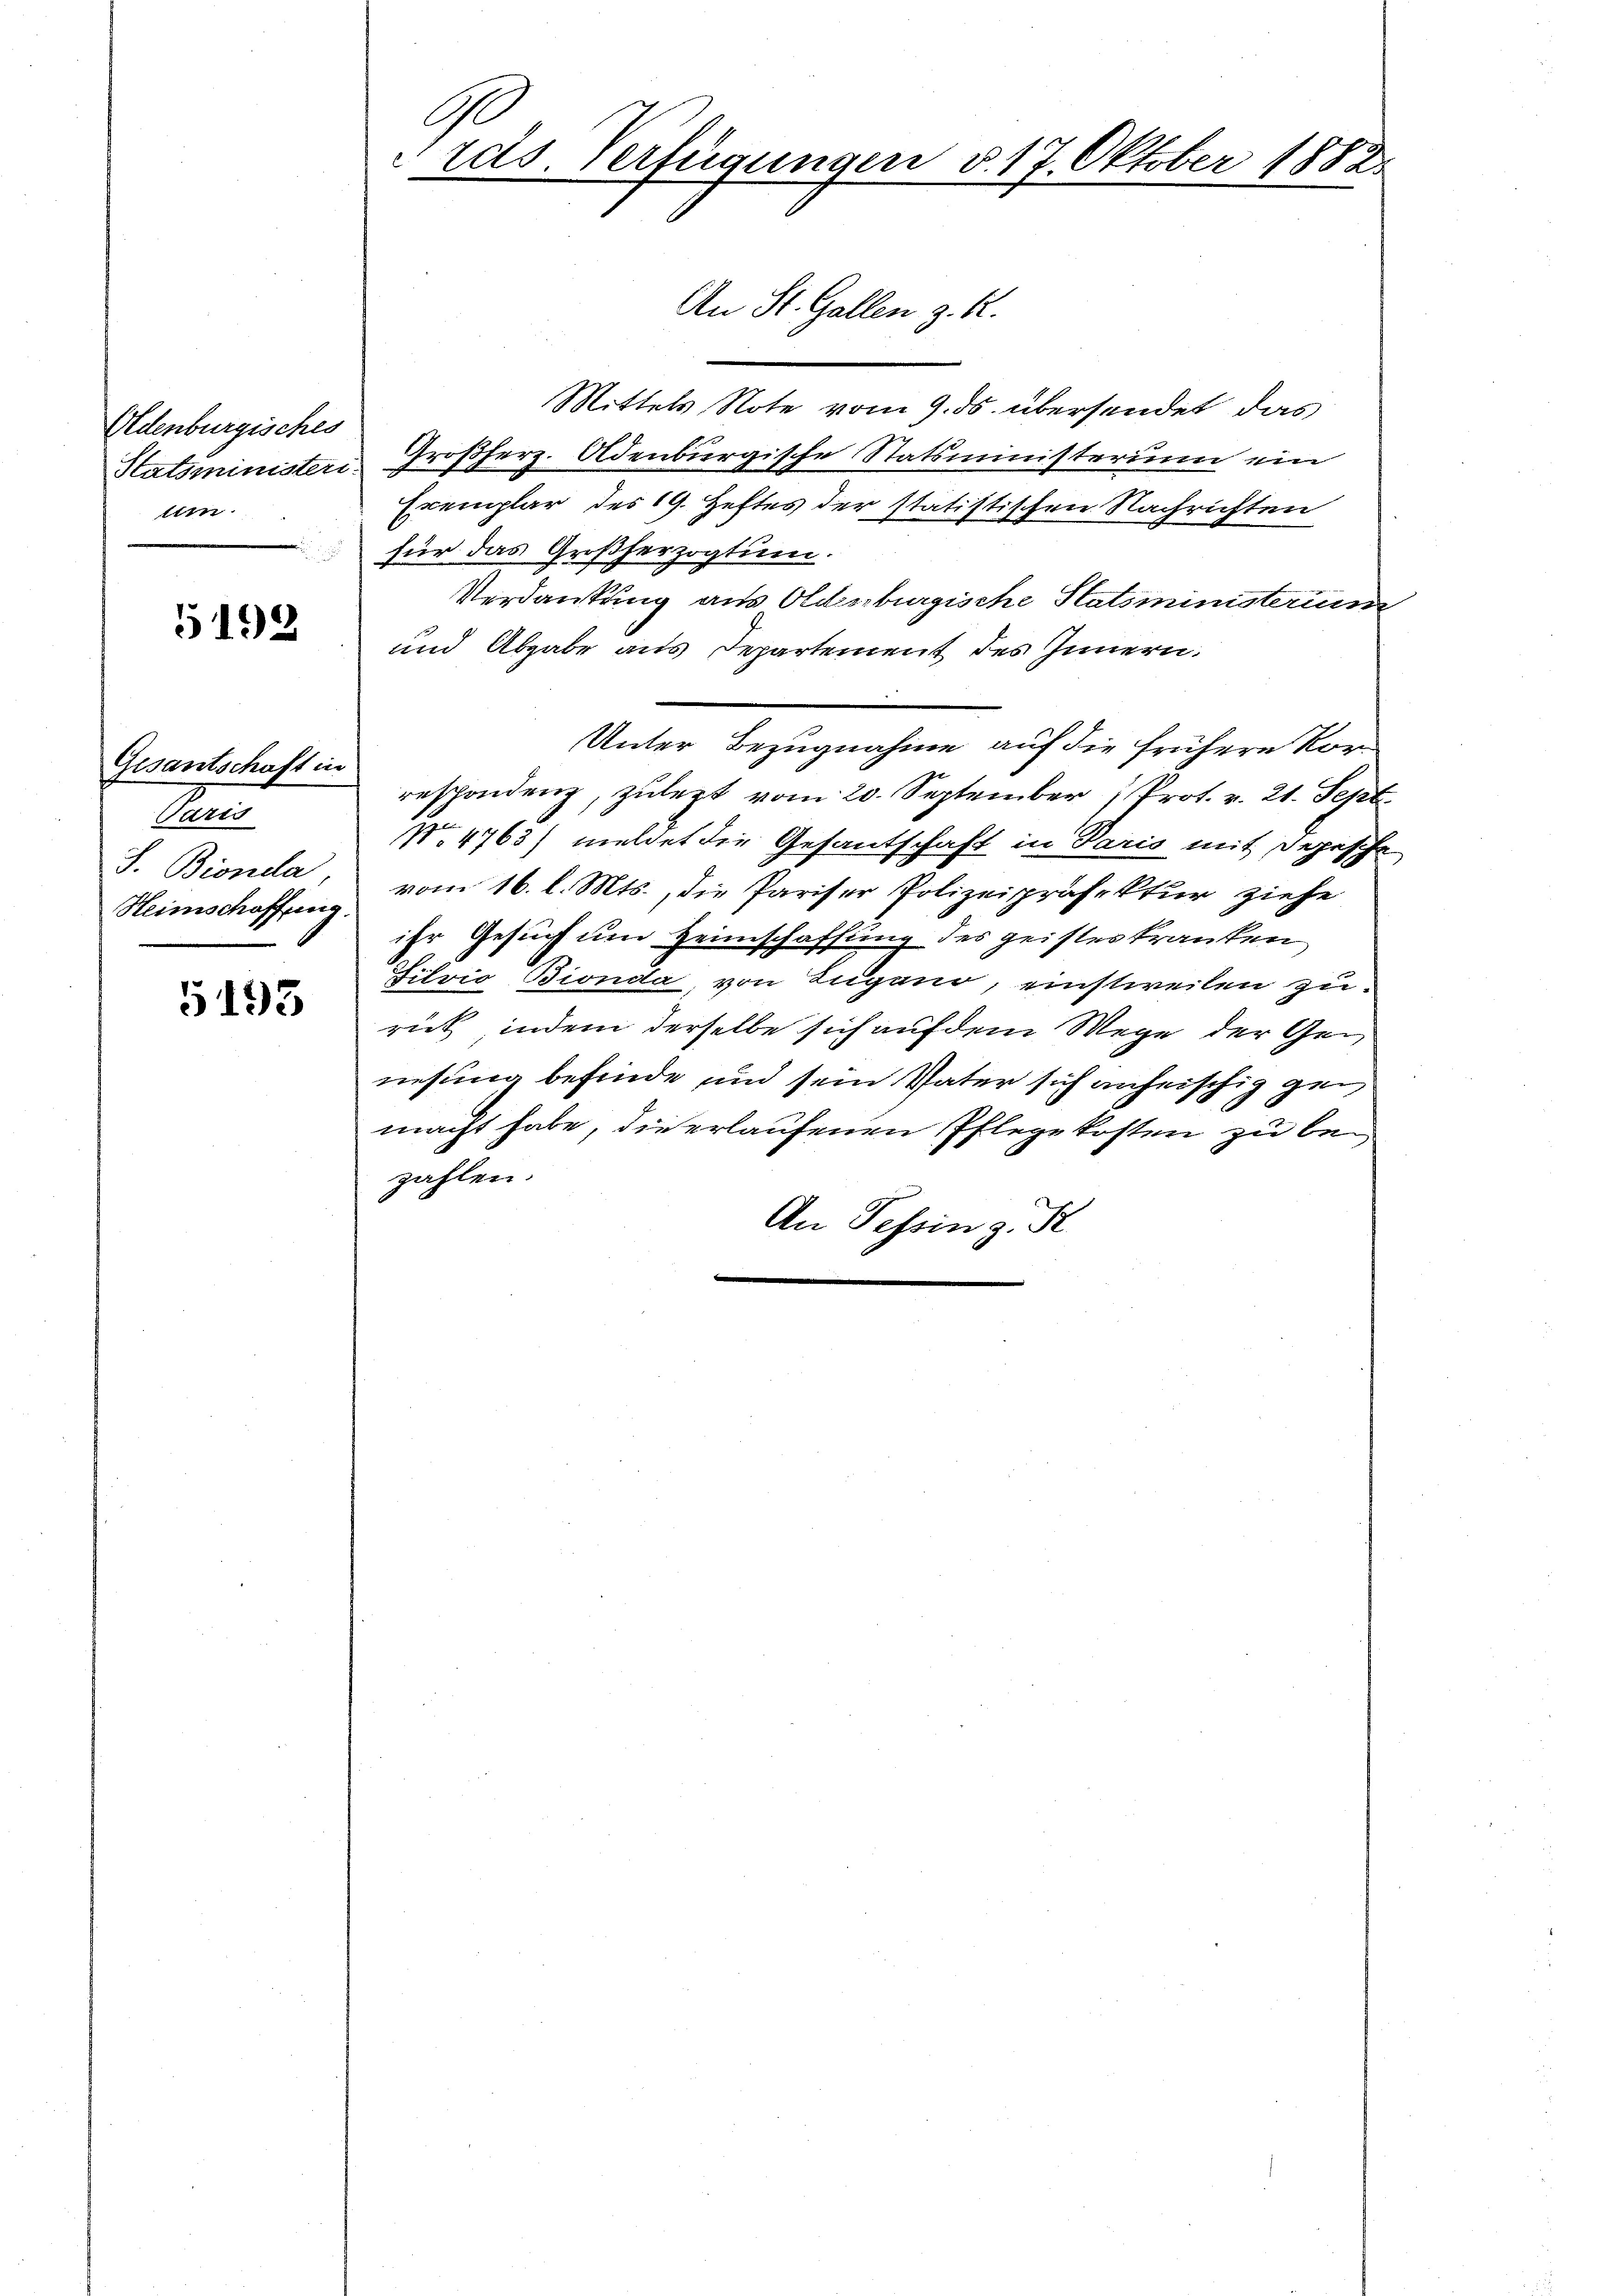
Eldenburgisches
lien

5192

Gesantschaft in
Fen
J. Bionda
Heimschaffung.

5193

Ge
Präs. Verfügungen d. 17. Oktober 1882.

Mittels Note vom 9. ds. übersendet, das
Satsminister Großherz. Adenburgische Statsministerium ein
Exemplar des 19. Heftes der statistischen Nachrichten
für das Großherzogtum.
Verdankung aus Oldenburgische Statsministerium
und Abgabe aus Departement des Innern.
Unter Bezugnahme auf die frühere Korrespondenz, zulezt vom 20. September (Prot. v. 21. Sept.
No. 4763) meldet die Gesantschaft in Paris mit Depesche
vom 16. l. Mts., die Pariser Polizeipräsektur ziehe
ihr Gesuch um Heimschaffling des geisteskranken
Filvio Bionda, von Lugano, einstweilen zuriet, indem derselbe sich auf dem Wege der Genesung befinde und sein Vater sich anheischig gemacht habe, die erlaufenen Pflegekosten zu bezahlen.
An Tessing. St

An St. Gallen z. R.